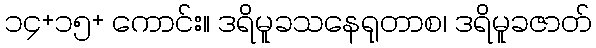
၁၄+၁၅+ ကောင်း။ ဒရိမူခသနေရုတာစ၊ ဒရိမူခဇာတ်